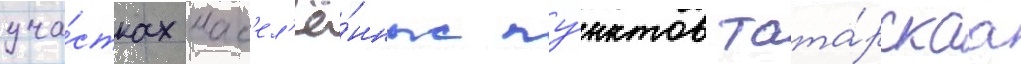
уча́стках нас'ел'ё́нных пу́нктов тата́рскаа